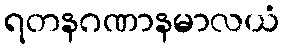
ရတနဂဏာနမာလယံ